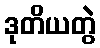
ဒုတိယတွဲ